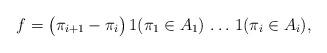
LaTeX: \begin{align*}f=\bigl(\pi_{i+1}-\pi_i\bigr)\,1(\pi_1\in A_1)\,\ldots\,1(\pi_i\in A_i),\end{align*}